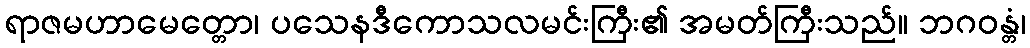
ရာဇမဟာမေတ္တော၊ ပသေနဒီကောသလမင်းကြီး၏ အမတ်ကြီးသည်။ ဘဂဝန္တံ၊